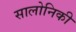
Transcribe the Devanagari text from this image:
सालोनिकी